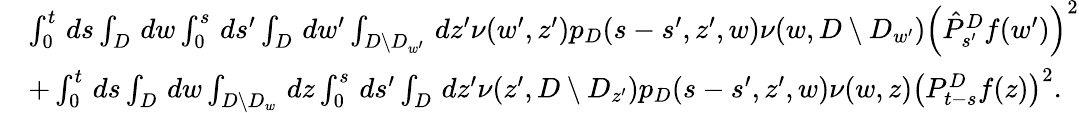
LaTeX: \begin{array}{rl}&{\int_{0}^{t}\, ds\int_{D}\, dw\int_{0}^{s}\, ds^{\prime}\int_{D}\, dw^{\prime}\int_{D\setminus D_{w^{\prime}}}\, dz^{\prime}\nu(w^{\prime},z^{\prime})p_{D}(s-s^{\prime},z^{\prime},w)\nu(w,D\setminus D_{w^{\prime}})\left(\hat{P}_{s^{\prime}}^{D}f(w^{\prime})\right)^{2}}\\ &{+\int_{0}^{t}\, ds\int_{D}\, dw\int_{D\setminus D_{w}}\, dz\int_{0}^{s}\, ds^{\prime}\int_{D}\, dz^{\prime}\nu(z^{\prime},D\setminus D_{z^{\prime}})p_{D}(s-s^{\prime},z^{\prime},w)\nu(w,z)\left(P_{t-s}^{D}f(z)\right)^{2}.}\end{array}